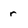
Character: r